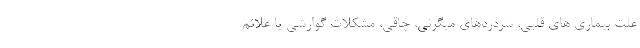
علت بیماری های قلبی، سردردهای میگرنی، چاقی، مشکلات گوارشی یا علائم